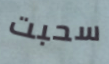
سحبت